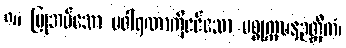
၈။ ပြုအပ်သော ပဝါရဏာကိုငင်သော ပစ္စုက္ကဍ္ဎနဉတ္တိကံ၊